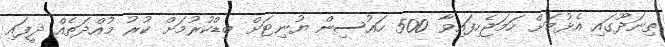
ތިނަދޫގައި އެޅުމަށް ހަމަޖެހިފައިވާ 500 ހައުސިން ޔުނިޓަށް ބިޑްކުރުމަށް ކުރު މުއްދަތެއް ދީފައި